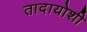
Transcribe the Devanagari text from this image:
तादायोशी